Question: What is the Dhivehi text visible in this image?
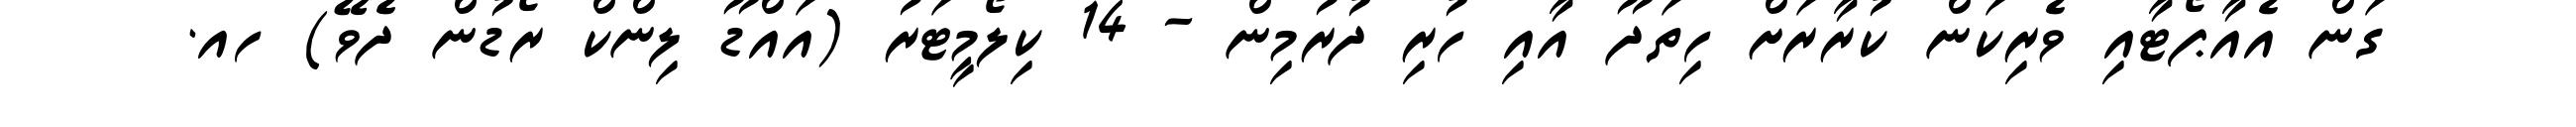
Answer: ގަން އެއާޕޯޓާއި ވެރިކަން ކުރާރަށް ހިތަދޫ އާއި ހުރި ދުރުމިން - 14 ކިލޯމީޓަރު (އައްޑޫ ލިންކް ރޯޑުން ދެވޭ) ހއ.